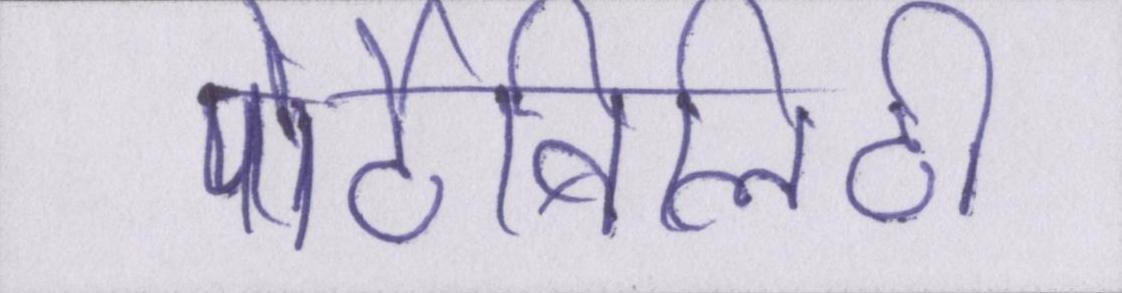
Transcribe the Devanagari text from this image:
पोर्टेबिलिटी